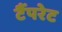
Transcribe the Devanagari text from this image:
टैंपरेट